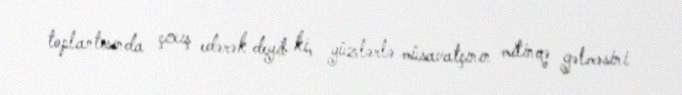
toplantısında çıxış edərək deyib ki, yüzlərlə müsavatçının mitinqə gəlməsini